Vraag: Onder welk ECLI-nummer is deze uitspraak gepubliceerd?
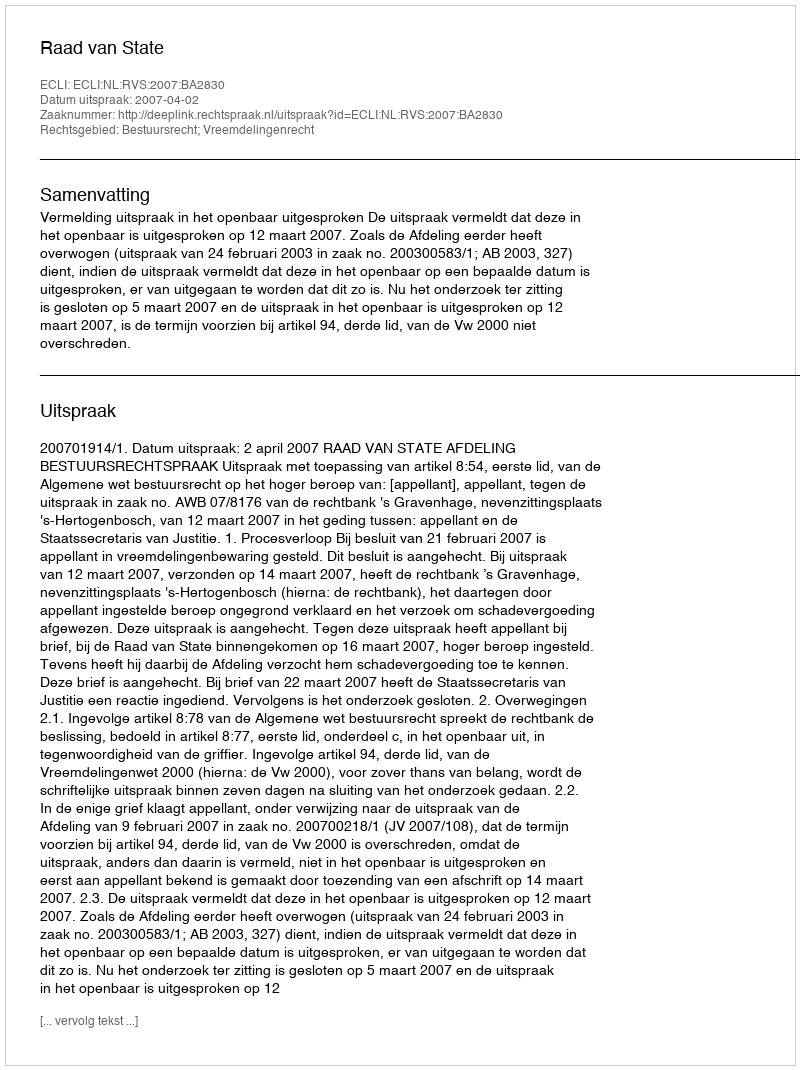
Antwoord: ECLI:NL:RVS:2007:BA2830